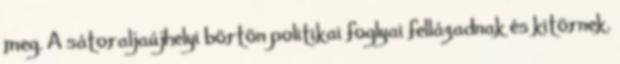
meg. A sátoraljaújhelyi börtön politikai foglyai fellázadnak és kitörnek.